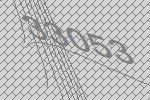
33053